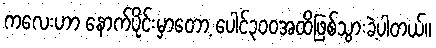
ကလေးဟာ နောက်ပိုင်းမှာတော့ ပေါင်၃၀၀အထိဖြစ်သွားခဲ့ပါတယ်။